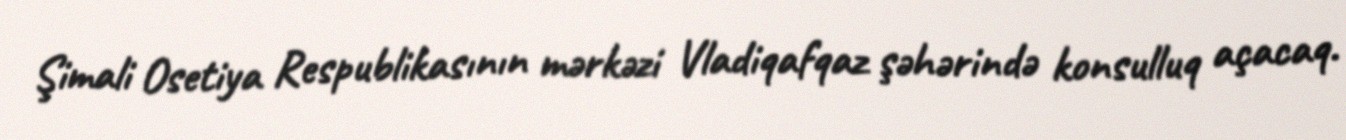
Şimali Osetiya Respublikasının mərkəzi Vladiqafqaz şəhərində konsulluq açacaq.